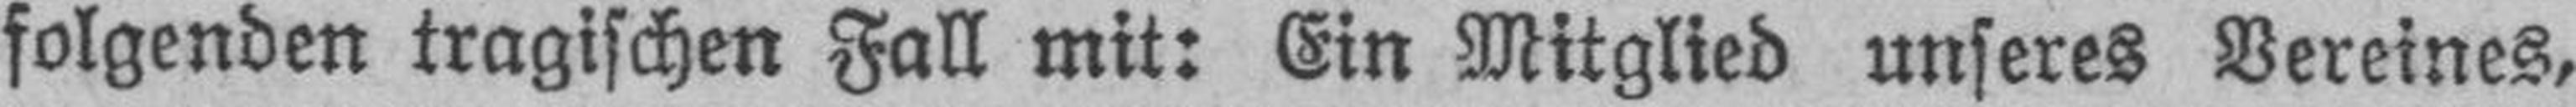
folgenden tragischen Fall mit: Ein Mitglied unseres Vereines,